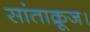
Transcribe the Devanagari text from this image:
सांताक्रूज।